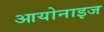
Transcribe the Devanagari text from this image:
आयोनाइज